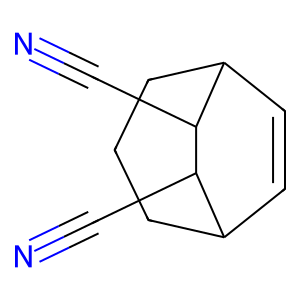
SMILES: N#CC1C2C=CC(CCC2)C1C#N
Inhibits HIV replication: No